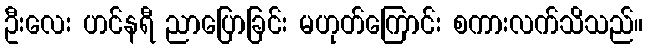
ဦးလေး ဟင်နရီ ညာပြောခြင်း မဟုတ်ကြောင်း စကားလက်သိသည်။